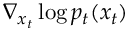
\nabla _ { x _ { t } } \log { p _ { t } ( x _ { t } ) }